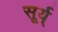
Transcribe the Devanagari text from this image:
सूर्य्